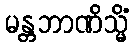
မန္တဘာဏိသ္မိံ